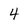
Character: 4